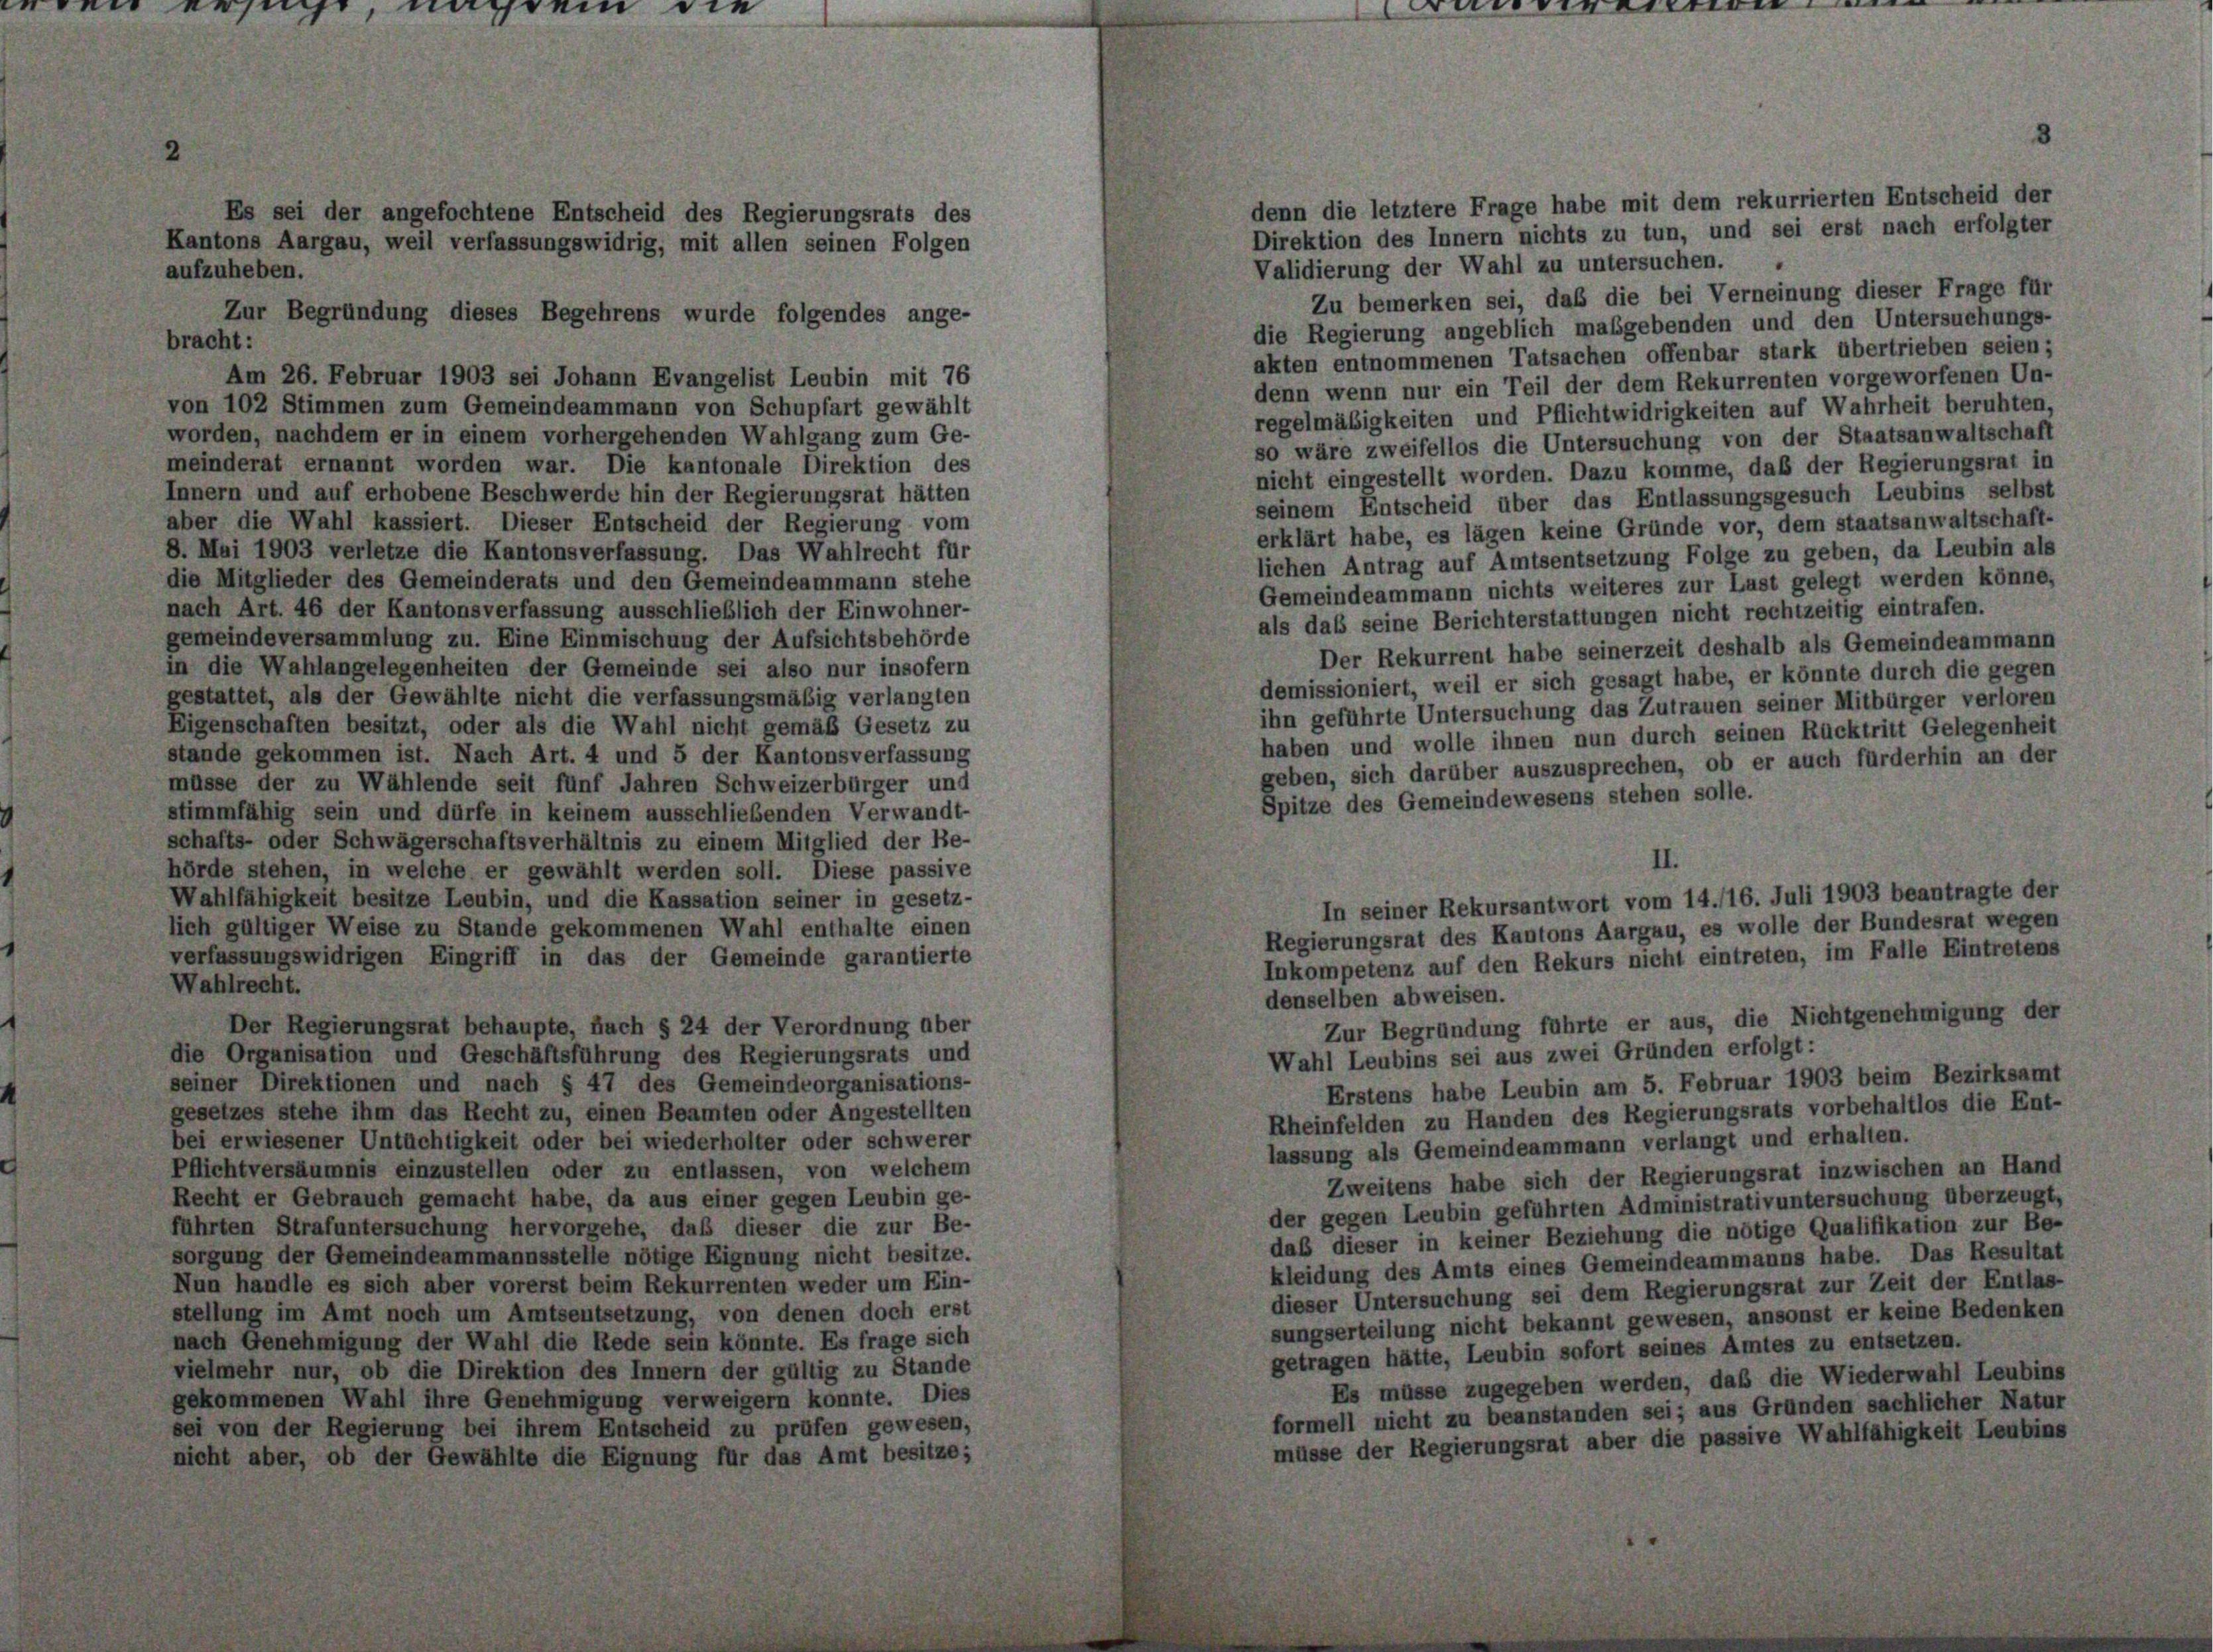
den ersucht

rein de

denn die letztere Frage habe mit dem rekurrierten Entscheid der
Direktion des Innern nichts zu tun, und sei erst nach erfolgter
Kantons Aargau, weil verfassungswidrig, mit allen seinen Folgen
Validierung der Wahl zu untersuchen.
aufzuheben.
Zu bemerken sei, daß die bei Verneinung dieser Frage für
Zur Begründung dieses Begehrens wurde folgendes ange-
die Regierung angeblich maßgebenden und den Untersuchungs-
bracht:
akten entnommenen Tatsachen offenbar stark übertrieben seien;
Am 26. Februar 1903 sei Johann Evangelist Leubin mit 76
denn wenn nur ein Teil der dem Rekurrenten vorgeworfenen Un-
von 102 Stimmen zum Gemeindeammann von Schupfart gewählt
regelmäßigkeiten und Pflichtwidrigkeiten auf Wahrheit beruhten,
worden, nachdem er in einem vorhergehenden Wahlgang zum Ge-
so wäre zweifellos die Untersuchung von der Staatsanwaltschaft
meinderat ernannt worden war. Die kantonale Direktion des
nicht eingestellt worden. Dazu komme, daß der Regierungsrat in
Innern und auf erhobene Beschwerde hin der Regierungsrat hätten
seinem Entscheid über das Entlassungsgesuch Leubins selbst
aber die Wahl kassiert. Dieser Entscheid der Regierung vom
erklärt habe, es lägen keine Gründe vor, dem staatsanwaltschaft-
8. Mai 1903 verletze die Kantonsverfassung. Das Wahlrecht für
lichen Antrag auf Amtsentsetzung Folge zu geben, da Leubin als
die Mitglieder des Gemeinderats und den Gemeindeammann stehe
Gemeindeammann nichts weiteres zur Last gelegt werden könne,
nach Art. 46 der Kantonsverfassung ausschließlich der Einwohner-
als daß seine Berichterstattungen nicht rechtzeitig eintrafen.
gemeindeversammlung zu. Eine Einmischung der Aufsichtsbehörde
Der Rekurrent habe seinerzeit deshalb als Gemeindeammann
in die Wahlangelegenheiten der Gemeinde sei also nur insofern
demissioniert, weil er sich gesagt habe, er könnte durch die gegen
gestattet, als der Gewählte nicht die verfassungsmäßig verlangten
ihn geführte Untersuchung das Zutrauen seiner Mitbürger verloren
Eigenschaften besitzt, oder als die Wahl nicht gemäß Gesetz zu
haben und wolle ihnen nun durch seinen Rücktritt Gelegenheit
stände gekommen ist. Nach Art. 4 und 5 der Kantonsverfassung
geben, sich darüber auszusprechen, ob er auch fürderhin an der
müsse der zu Wählende seit fünf Jahren Schweizerbürger und
Spitze des Gemeindewesens stehen solle.
stimmfähig sein und dürfe in keinem ausschließenden Verwandt-
schafts- oder Schwägerschaftsverhältnis zu einem Mitglied der Be-
II.
hörde stehen, in welche er gewählt werden soll. Diese passive
Wahlfähigkeit besitze Leubin, und die Kassation seiner in gesetz-
In seiner Rekursantwort vom 14./16. Juli 1903 beantragte der
lich gültiger Weise zu Stande gekommenen Wahl enthalte einen
Regierungsrat des Kantons Aargau, es wolle der Bundesrat wegen
verfassungswidrigen Eingriff in das der Gemeinde garantierte
Inkompetenz auf den Rekurs nicht eintreten, im Falle Eintretens
Wahlrecht.
denselben abweisen.
Zur Begründung führte er aus, die Nichtgenehmigung der
Der Regierungsrat behaupte, fruch § 24 der Verordnung über
die Organisation und Geschäftsführung des Regierungsrats und
Wahl Leubins sei aus zwei Gründen erfolgt:
seiner Direktionen und nach § 47 des Gemeindeorganisations-
Erstens habe Leubin am 5. Februar 1903 beim Bezirksamt
gesetzes stehe ihm das Recht zu, einen Beamten oder Angestellten
Rheinfelden zu Handen des Regierungsrats vorbehaltlos die Ent-
bei erwiesener Untüchtigkeit oder bei wiederholter oder schwerer
lassung als Gemeindeammann verlangt und erhalten.
Pflichtversäumnis einzustellen oder zu entlassen, von welchem
Zweitens habe sich der Regierungsrat inzwischen an Hand
Recht er Gebrauch gemacht habe, da aus einer gegen Leubin ge-
der gegen Leubin geführten Administrativuntersuchung überzeugt,
führten Strafuntersuchung hervorgehe, daß dieser die zur Be-
daß dieser in keiner Beziehung die nötige Qualifikation zur Be-
sorgung der Gemeindeammannsstelle nötige Eignung nicht besitze.
kleidung des Amts eines Gemeindeammanns habe. Das Resultat
Nun handle es sich aber vorerst beim Rekurrenten weder um Ein-
dieser Untersuchung sei dem Regierungsrat zur Zeit der Entlas-
stellung im Amt noch um Amtsentsetzung, von denen doch erst
sungserteilung nicht bekannt gewesen, ansonst er keine Bedenken
nach Genehmigung der Wahl die Rede sein könnte. Es frage sich
getragen hätte, Leubin sofort seines Amtes zu entsetzen.
vielmehr nur, ob die Direktion des Innern der gültig zu Stande
Es müsse zugegeben werden, daß die Wiederwahl Leubins
gekommenen Wahl ihre Genehmigung verweigern konnte. Dies
formell nicht zu beanstanden sei; aus Gründen sachlicher Natur
sei von der Regierung bei ihrem Entscheid zu prüfen gewesen,
müsse der Regierungsrat aber die passive Wahlfähigkeit Leubins
nicht aber, ob der Gewählte die Eignung für das Amt besitze;

Es sei der angefochtene Entscheid des Regierungsrats des

Peuerrention

8